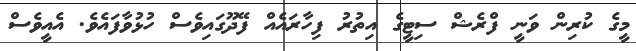
މީގެ ކުރިން ވަނީ ފްރެޝް ސިޓީގެ އިތުރު ފިހާރައެއް ފޭދޫގައިވެސް ހުޅުވާފައެވެ. އެއީވެސް